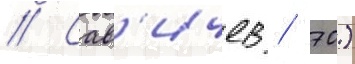
// Сав'ичев / 70)